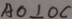
A O \bot O C